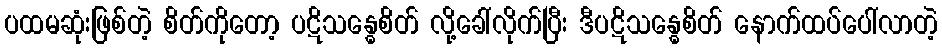
ပထမဆုံးဖြစ်တဲ့ စိတ်ကိုတော့ ပဋိသန္ဓေစိတ် လို့ခေါ်လိုက်ပြီး ဒီပဋိသန္ဓေစိတ် နောက်ထပ်ပေါ်လာတဲ့